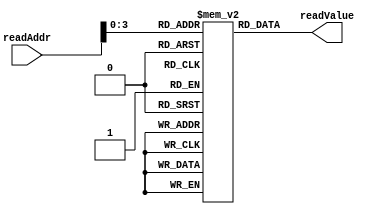
module memory(  readAddr,  readValue);

   
   input [7:0] readAddr;
   
   output [7:0] readValue;
   	
   wire  signed  [7:0] readValue;
	
   reg signed [7:0] memoryfile [10:0];
	
   initial begin
      memoryfile[0] = 0; // Array elements from 0 to 9
      memoryfile[1] = 1;
      memoryfile[2] = 2;
      memoryfile[3] = 3;
      memoryfile[4] = -128;
      memoryfile[5] = 50;
      memoryfile[6] = 6;
      memoryfile[7] = 7;
      memoryfile[8] = 8;
      memoryfile[9] = -9;
      memoryfile[10] = 8; // Value of n
   end

   assign readValue=memoryfile[readAddr];

endmodule